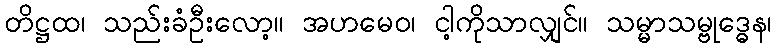
တိဋ္ဌထ၊ သည်းခံဦးလော့။ အဟမေဝ၊ ငါ့ကိုသာလျှင်။ သမ္မာသမ္ဗုဒ္ဓေန၊